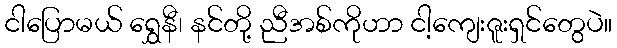
ငါပြောမယ် ရွှေနီ၊ နင်တို့ ညီအစ်ကိုဟာ ငါ့ကျေးဇူးရှင်တွေပဲ။